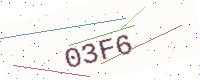
Text: 03F6